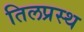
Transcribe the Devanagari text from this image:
तिलप्रस्थ